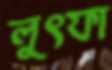
লুৎফা